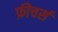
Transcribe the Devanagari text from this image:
फ़ीचर्स